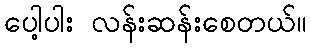
ပေါ့ပါး လန်းဆန်းစေတယ်။